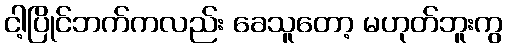
ငါ့ပြိုင်ဘက်ကလည်း ခေသူတော့ မဟုတ်ဘူးကွ